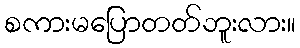
စကားမပြောတတ်ဘူးလား။